Bréfritari: Friðbjörn Bjarnarson
Viðtakandi: Einar Friðgeirsson
Dagsetning: A-1889-06-28
Skrifað á: Hrísey  Eyf.

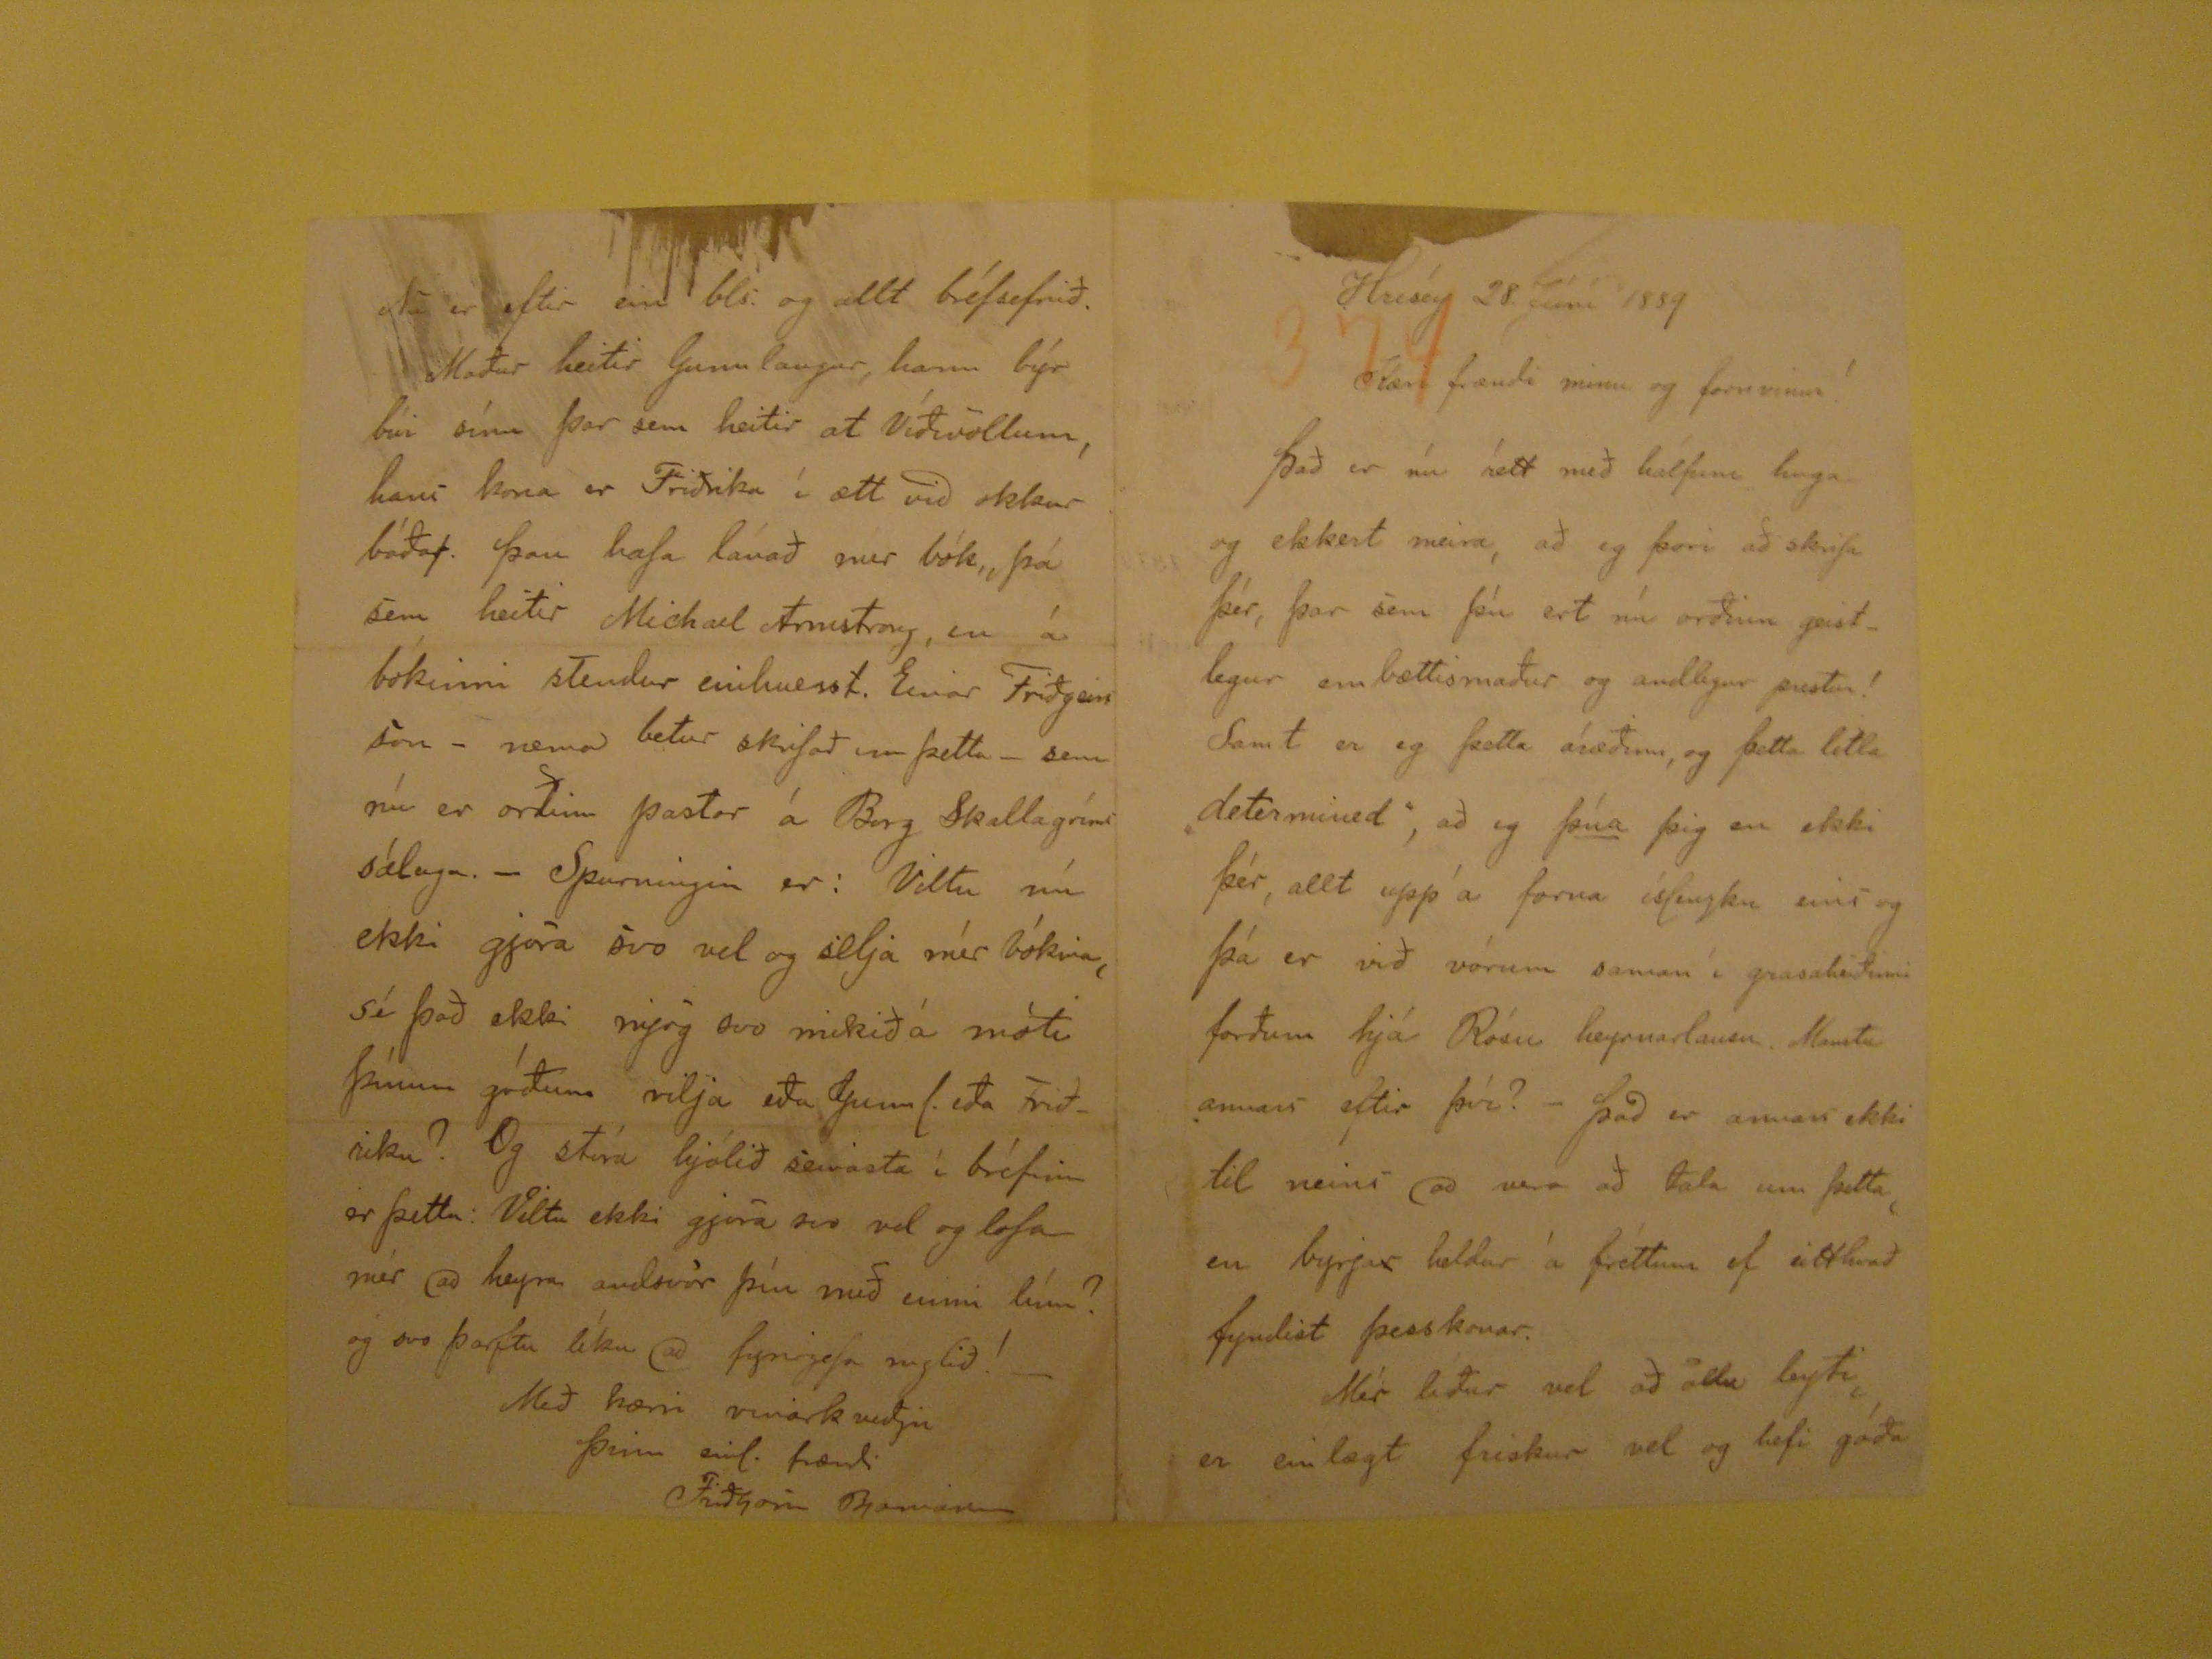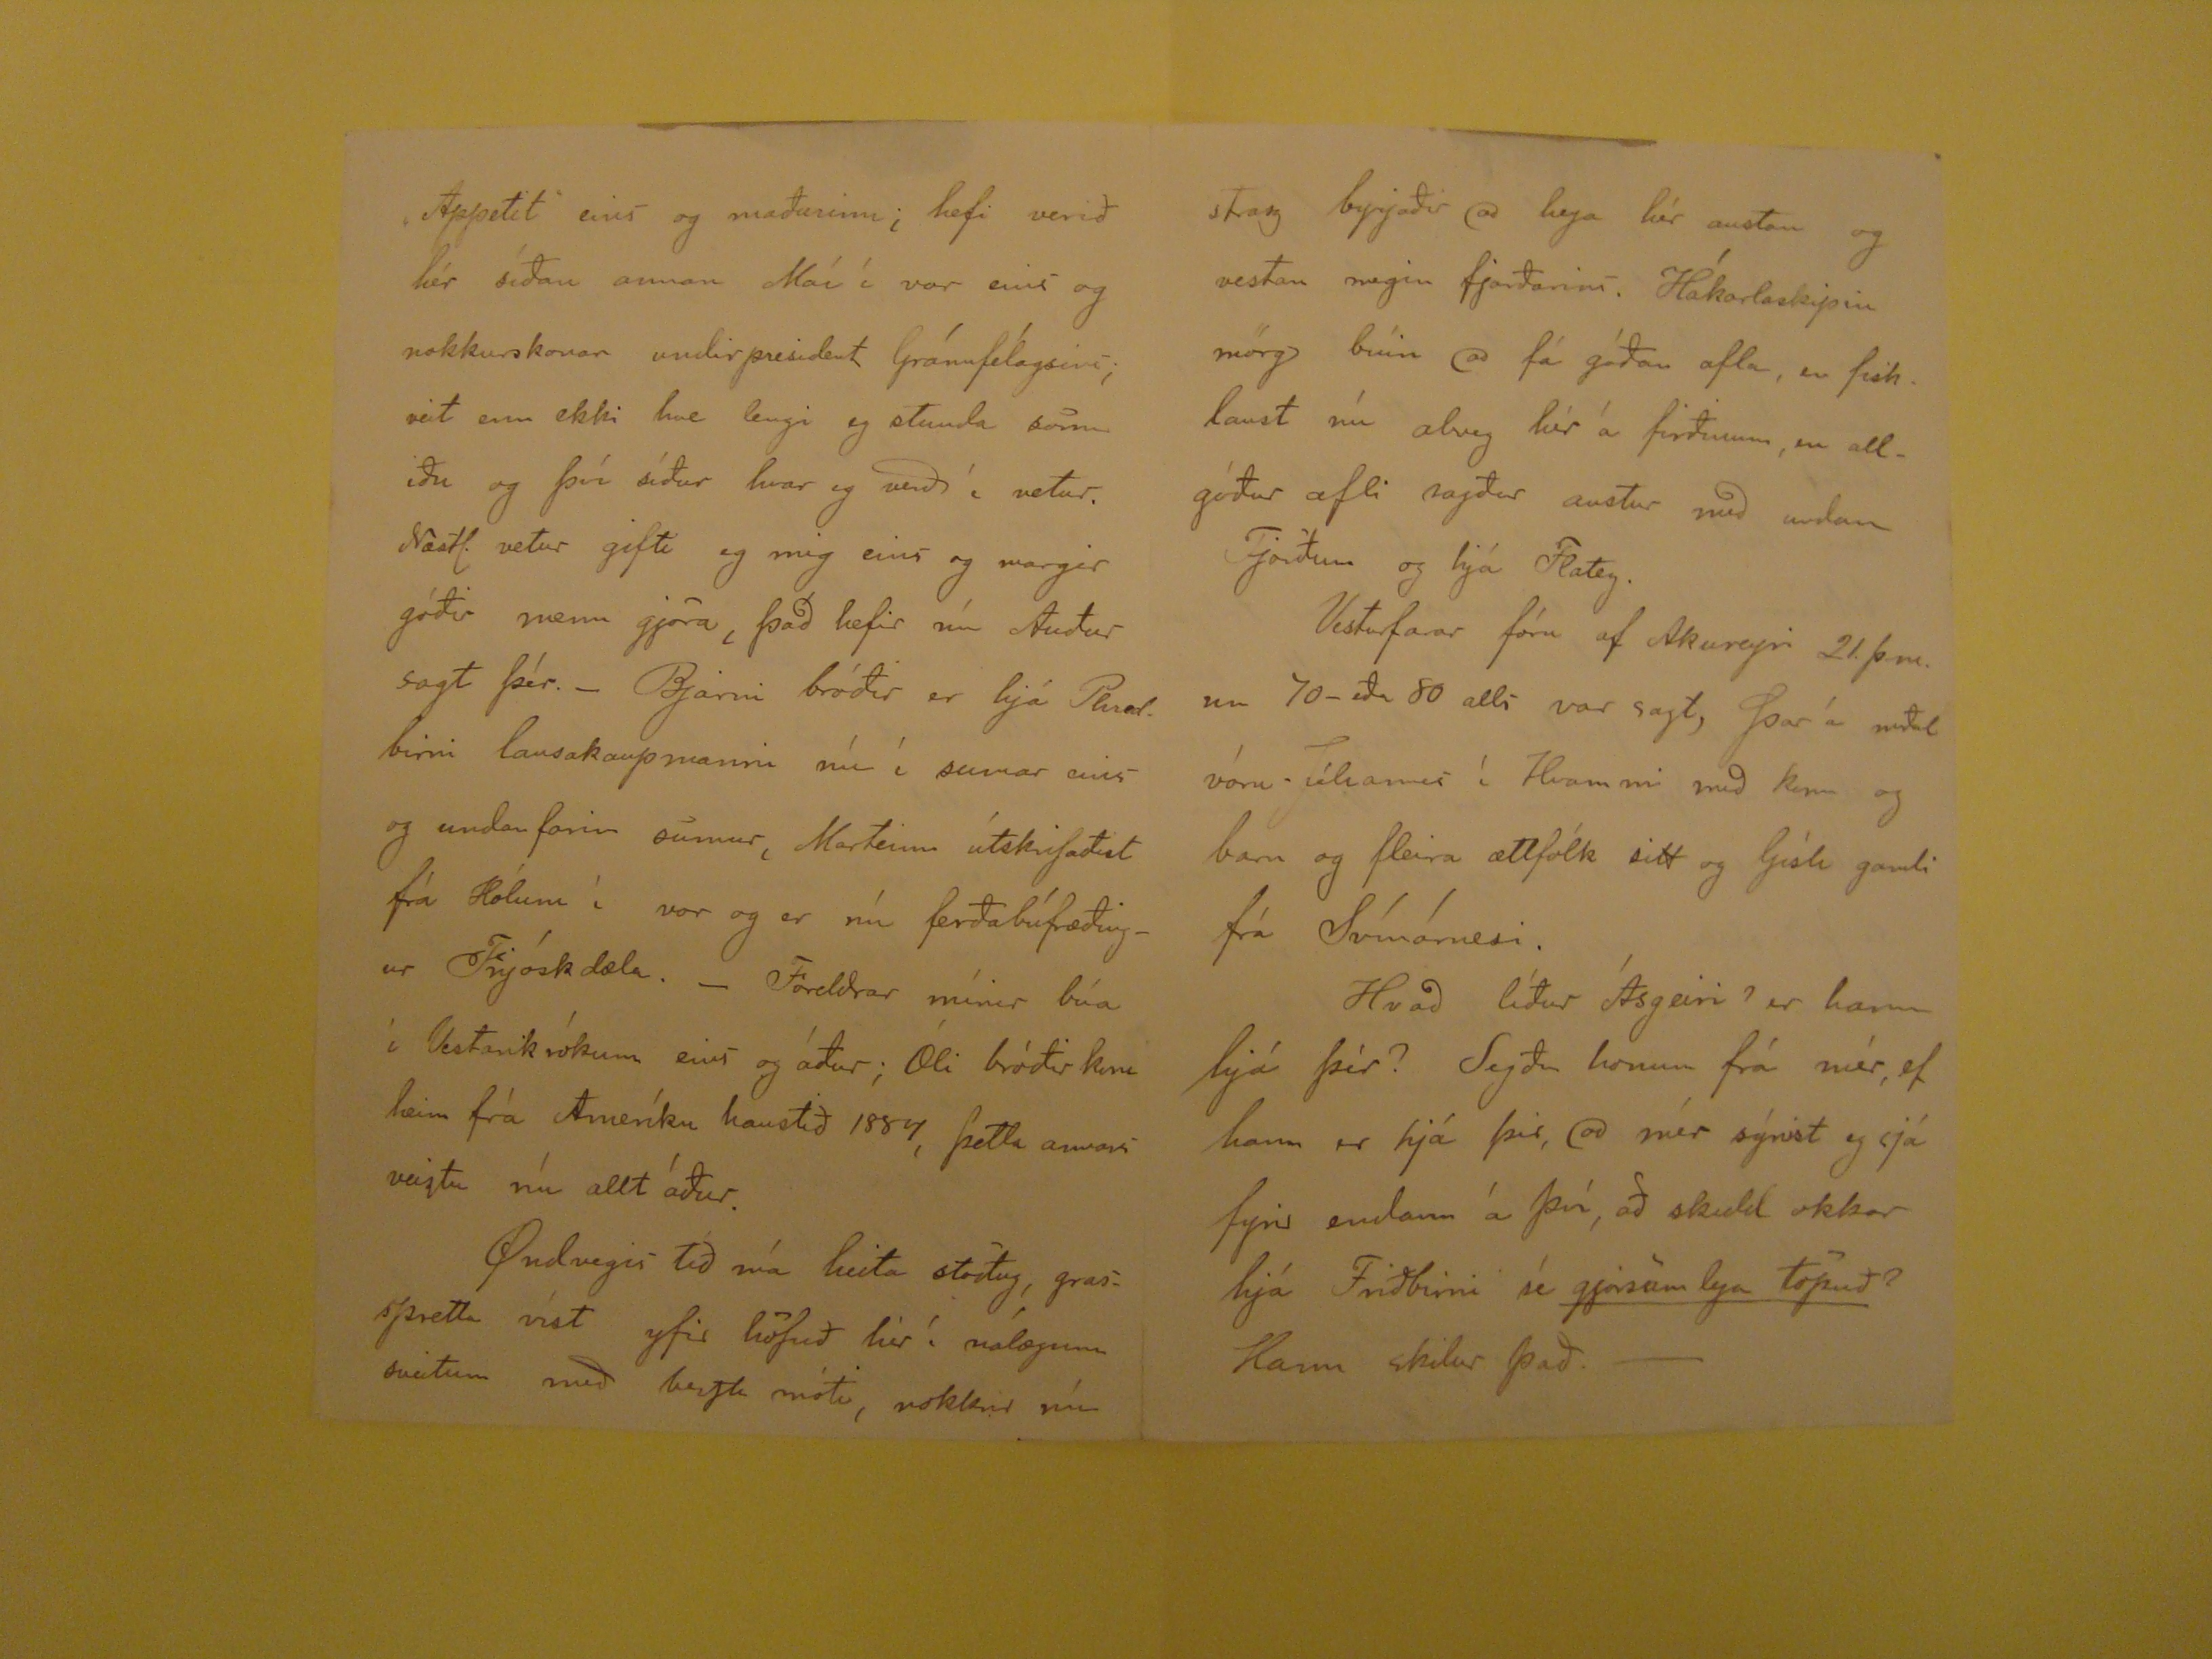

Hrísey 28. Júní 1889
Kæri frændi minn og fornvinur!
Það er nú rétt með hálfum huga og ekkert meira, að eg þori að skrifa þér, þar sem þú ert nú orðinn geistlegur embættismaður og andlegur prestur! Samt er eg
þetta áræðinn, og þetta litla "determined", að eg
þúa
þig en ekki þér, allt upp á forna íslenzku eins og þá er við vórum saman í
grasaheiðinni forðum hjá Rósu heyrnarlausu. Manstu annars eftir því? - Það er annars ekki til neins að vera að tala um þetta en byrja
rend="overstrike">r
heldur á fréttum ef eitthvað fyndist þesskonar. Mér líður vel að öllu leyti, er einlægt friskur vel og hefi góða
"Appetit" eins og maðurinn; hefi verið hér síðan annan Maí í vor eins og nokkurskonar undirpresident Gránufélagsins; veit enn ekki hve lengi eg stunda sömu
iðu og því síður hvar eg verð í vetur. Næstl. vetur gifti eg mig eins og margir góðir menn gjöra, það hefir nú Auður sagt þér.- Bjarni bróðir er hjá
Phredbirni
lausakaupmanni nú í sumar eins og undanfarin sumur, Marteinn útskrifaðist frá Hólum í vor og er nú ferðabúfræðingur Fnjóskdæla. _ Foreldrar mínir
búa í Vestarikrókum eins og áður; Óli bróðir kom heim frá Ameríku haustið 1887, þetta annars veiztu nú allt áður. Ondveigis tíð má heita stöðug, grasspretta víst
yfir höfuð hér í nálægum sveitum með bezta móti, nokkrir
nú
strax byrjaðir að heya hér austan og vestan megin fjarðarins. Hákarlaskipin mörg búin að fá góðan afla, en fisklaust nú alveg hér á firðinum, en allgóður afli
sagður austur með undan Fjörðum og hjá Flatey. Vesturfarar fóru af Akureyri 21. þm. um 70- eða 80 alli var sagt, Þar á meðal vóru Jóhannes í Hvammi með konu og
barn og fleira ættfólk sitt og Gísli gamli frá Svínárnesi. Hvað líður Ásgeiri? er hann hjá þér? Segðu honum frá mér, ef hann er hjá þér, að mér sýnist eg sjá fyrir
endann á því, að skuld okkar hjá Friðbirni sé
gjörsam lega töpuð
? Hann skilur það.-
Nú er eftir ein bls. og allt bréfsefnið. Maður heitir Gunnlautur, hann búr búi sínu þar sem ehitri at Víðivöllum, hans kona er Friðrika í ætt við okkur báða
hand="Scribe" rend="overstrike">r. Þau hafa lánað mér bók, þá sem heitir Michael Arnestray, en á bókinni stendur einhverst. Einar Friðgiersson - nema betur
skrifað um þetta _ sem nú er orðinn pastor á Borg Skallagríms sáluga. - Spurningin er: Viltu nú ekki gjöra svo vel og selja mér bókina, sé það ekki mjög svo mikið á
móti þínum góðum vilja eða Gunnl. eða Friðriku? Og stóra hjólið seinasta í bréfinu er þetta: Viltu ekki gjöra svo vel og lofa mér að heyra andsvör því með einni línu?
og svo þarftu líka að fyrirgefa ruglið! _
Með kærri vinarkveðju
Þinn einl. frændi
Friðbjörn Bjarnarson